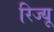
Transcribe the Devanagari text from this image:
रिज्यू